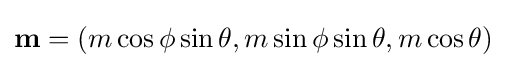
\mathbf {m} =(m\cos \phi \sin \theta ,m\sin \phi \sin \theta ,m\cos \theta )